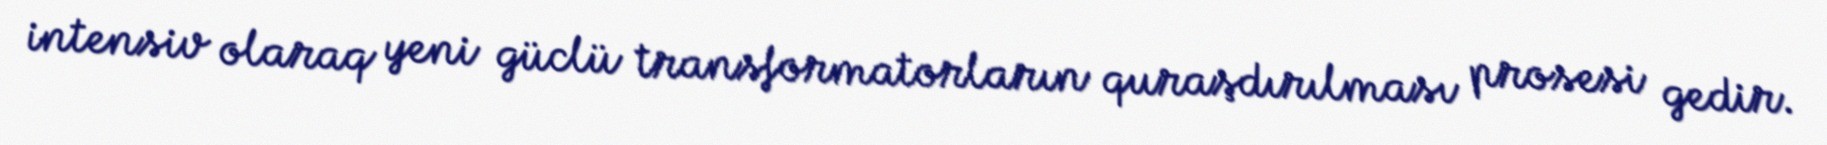
intensiv olaraq yeni güclü transformatorların quraşdırılması prosesi gedir.